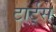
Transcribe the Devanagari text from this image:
टार्ट्‌स